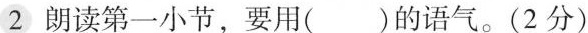
2朗读第一小节，要用( )的语气。(2 分)